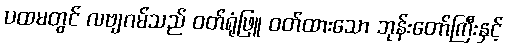
ပထမတွင် လဗျဂမ်သည် ဝတ်ရုံဖြူ ဝတ်ထားသော ဘုန်းတော်ကြီးနှင့်